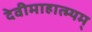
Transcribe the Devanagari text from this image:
देवीमाहात्म्यम्